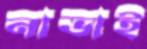
নাভাই